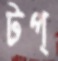
টপ্‌